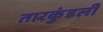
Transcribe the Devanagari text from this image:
तारकुंडली